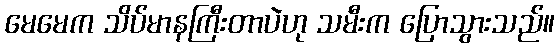
မေမေက သိပ်မာနကြီးတာပဲဟု သမီးက ပြောသွားသည်။